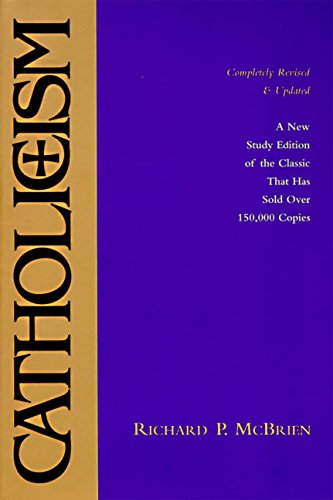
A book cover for Catholicism: New Study Edition--Completely Revised and Updated; Richard P. McBrien; Christian Books & Bibles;